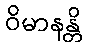
ဝိမာနန္တိ